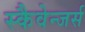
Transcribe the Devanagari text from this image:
स्कैवेन्जर्स